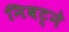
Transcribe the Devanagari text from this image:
निबट्ने